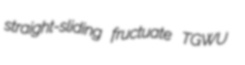
straight-sliding fructuate TGWU